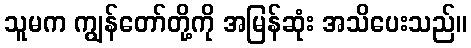
သူမက ကျွန်တော်တို့ကို အမြန်ဆုံး အသိပေးသည်။